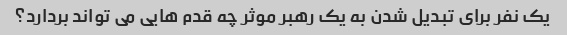
یک نفر برای تبدیل شدن به یک رهبر موثر چه قدم هایی می تواند بردارد؟